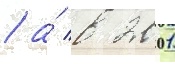
/ а́ в 2001